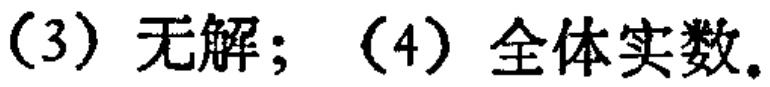
(3) 无解; (4) 全体实数。